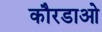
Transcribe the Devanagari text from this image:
कौरडाओ